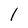
Character: l